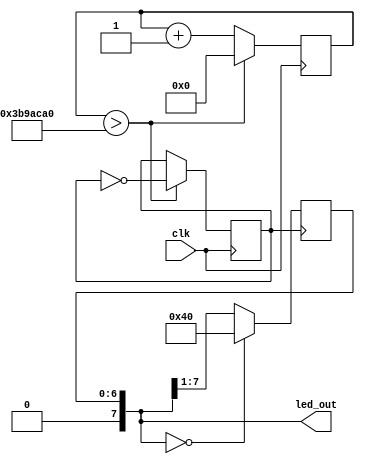
   module led
	(
		input clk,
		output reg[7:0] led_out
	);
	
	parameter One_second = 125000000/2;
	
	reg [31:0] cnt;
	reg second;
	
	
	always@(posedge clk) begin
	
		if(cnt > One_second)
		    begin
				 cnt <= 0;
				 second <=~second;
				 
			 end
	   else
		    cnt <= cnt +1'b1;
			
		
	end
	
	
	always@(posedge second) begin
	
		if(led_out == 8'b000000)
		    led_out <=8'b1000000;
		else
		    led_out <= led_out>>1;
	end
	
	
	
	initial begin
	cnt <= 0;
	second <= 0;
	led_out<=0;
	end
	
	endmodule